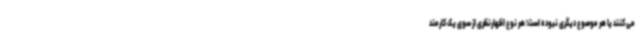
می کنند یا هر موصوع دیگری نبوده است؛ هر نوع اظهارنظری از سوی یک کارمند